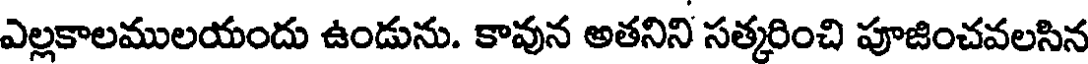
ఎల్లకాలములయందు ఉండును. కావున అతనిని సత్కరించి పూజించవలసిన